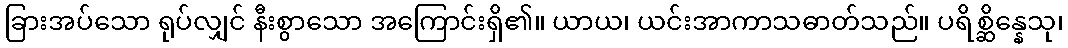
ခြားအပ်သော ရုပ်လျှင် နီးစွာသော အကြောင်းရှိ၏။ ယာယ၊ ယင်းအာကာသဓာတ်သည်။ ပရိစ္ဆိန္နေသု၊